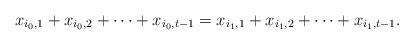
LaTeX: \begin{align*} x_{i_0,1}+x_{i_0,2}+\cdots+x_{i_0,t-1}=x_{i_1,1}+x_{i_1,2}+\cdots+x_{i_1,t-1}.\end{align*}